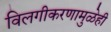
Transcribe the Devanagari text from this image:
विलगीकरणामुळेही